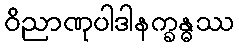
ဝိညာဏုပါဒါနက္ခန္ဓဿ